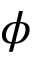
\phi